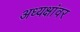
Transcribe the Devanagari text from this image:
अध्यक्षांवर